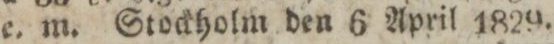
e. m. Stockholm den 6 April 1829.